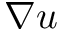
\nabla u